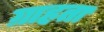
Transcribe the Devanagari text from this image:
ग्राहता